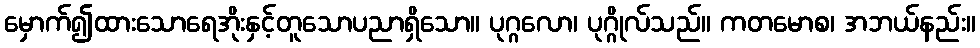
မှောက်၍ထားသောရေအိုးနှင့်တူသောပညာရှိသော။ ပုဂ္ဂလော၊ ပုဂ္ဂိုလ်သည်။ ကတမောစ၊ အဘယ်နည်း။